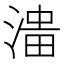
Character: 𱧹